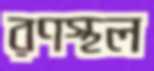
রণস্থল